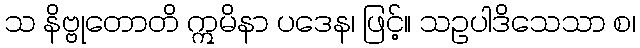
သ နိဗ္ဗုတောတိ ဣမိနာ ပဒေန၊ ဖြင့်။ သဥပါဒိသေသာ စ၊